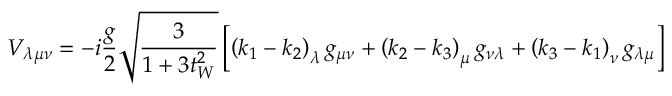
{ \cal V } _ { \lambda \mu \nu } = - i \frac { g } { 2 } \sqrt { \frac { 3 } { 1 + 3 t _ { W } ^ { 2 } } } \left[ \left( k _ { 1 } - k _ { 2 } \right) _ { \lambda } g _ { \mu \nu } + \left( k _ { 2 } - k _ { 3 } \right) _ { \mu } g _ { \nu \lambda } + \left( k _ { 3 } - k _ { 1 } \right) _ { \nu } g _ { \lambda \mu } \right]